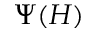
\Psi ( H )